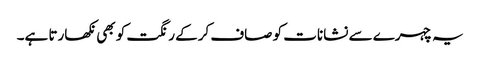
یہ چہرے سے نشانات کو صاف کرکے رنگت کو بھی نکھارتا ہے۔